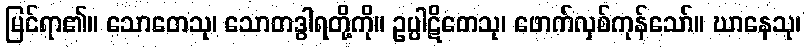
မြင်ရာ၏။ သောတေသု၊ သောတဒွါရတို့ကို။ ဥပ္ပါဋိတေသု၊ ဖောက်လှစ်ကုန်သော်။ ဃာနေသု၊